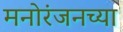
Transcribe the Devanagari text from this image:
मनोरंजनच्या